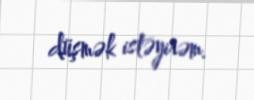
düşmək istəyirəm.